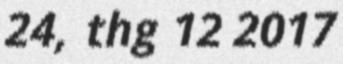
24, thg 12 2017